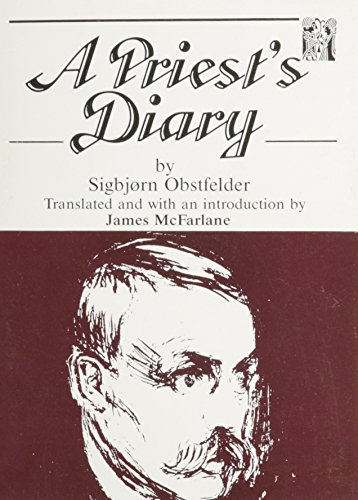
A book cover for Priest's Diary (Norvik Press Series B); Sigbjorn Obstfelder; Biographies & Memoirs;